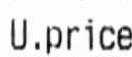
U.PRICE